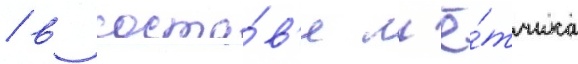
/ в соста́в'е л'ё́тчика